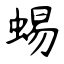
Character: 蜴